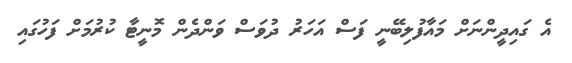
އެ ގައިދީންނަށް މައާފުލިބޭނީ ފަސް އަހަރު ދުވަސް ވަންދެން މޮނީޓާ ކުރުމަށް ފަހުގައި